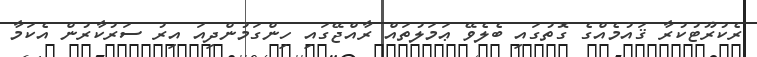
ރެކުރޫޓުކުރާ ޤައުމެއްގެ ގޮތުގައި ބެލެވޭ ޢަމަލުތައް ރާއްޖޭގައި ހިންގަމުންދިއަ އިރު ސަރުކާރުން އެކަމާ